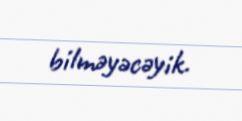
bilməyəcəyik.